Eesti_Vabariigi_Tartu_Ulikool, lk 28
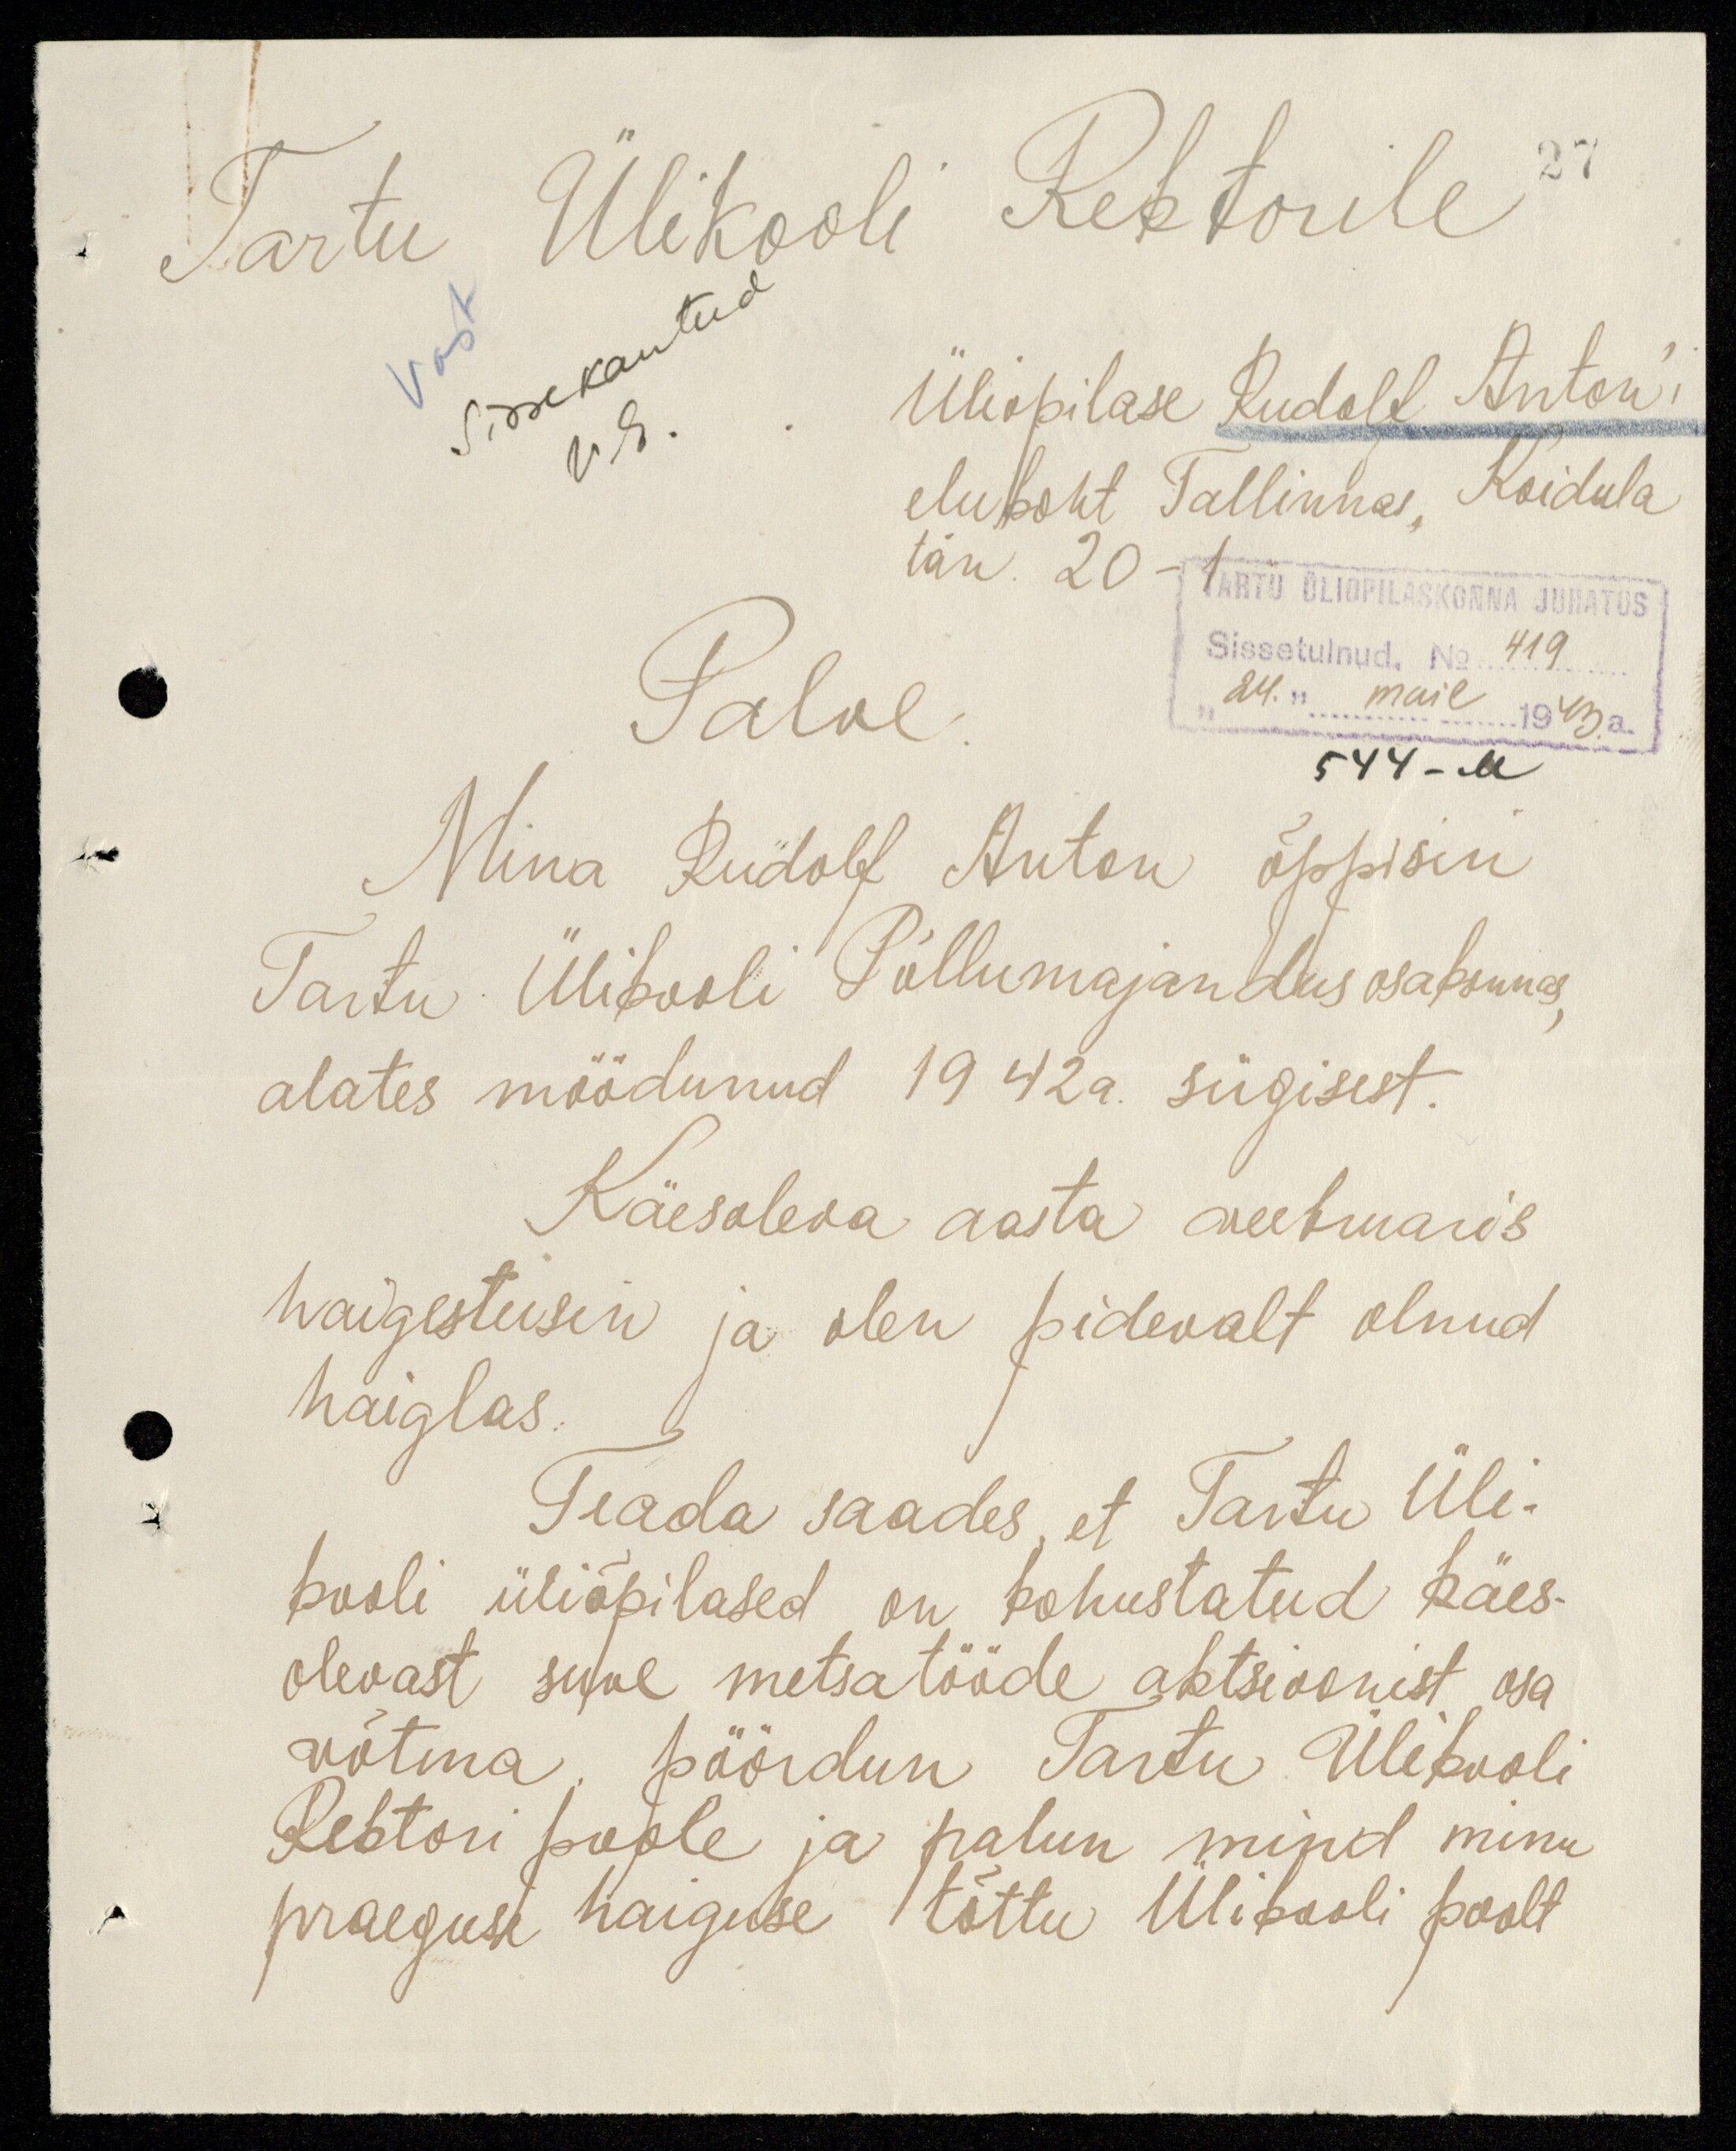
27
Tartu Ülikooli Rektorile
Sissekantud
V. E.
Üliõpilase Rudolf Anton'i
elukoht Tallinnas, Koidula
tän. 20-1
TARTU ÜLIÕPILASKONNA JUHATUS
Sissetulnud. No 419
"24." mail 1943. a.
544-M
Palve.
Mina Rudolf Anton õppisin
Tartu Ülikooli Põllumajandus osakonnas,
alates möödunud 1942 a. sügisest.
Käesoleva aasta veebruaris
haigestusin ja olen pidevalt olnud
haiglas.
Teada saades, et Tartu Üli-
kooli üliõpilased on kohustatud käes-
olevast suve metsatööde aktsioonist osa
võtma, pöördun Tartu Ülikooli
Rektori poole ja palun mind minu
praeguse haiguse tõttu Ülikooli poolt